Vaccination in the Punjab 1897-1904 - 1897-1904
Year: 1897
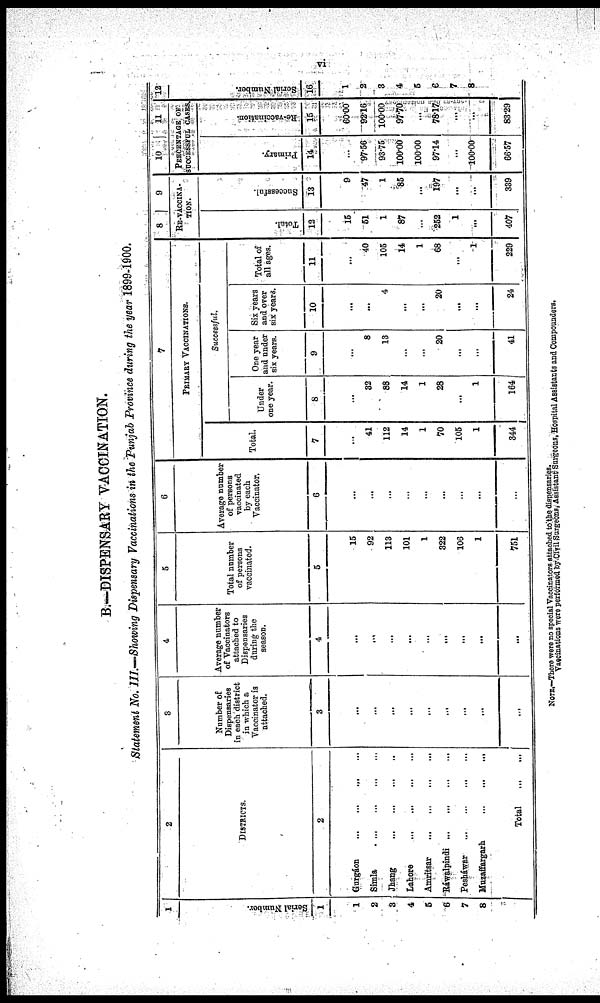
vi
B.-DISPENSARY VACCINATION.
Statement No. III—Showing Dispensary Vaccinations in the Punjab Province during the year 1899-1900.
1
Serial Number.
1
1
2
3
4
5
6
7
8
2
DISTRICTS.
2
Gurgáon
...
...
...
...
Simla
...
...
...
...
Jhang
...
...
...
...
Lahore
... ... ... ...
Amritsar
...
...
...
...
Ráwalpindi
...
...
...
...
Pesháwar
...
...
...
...
Muzaffargarh
...
...
...
Total
...
3
Number of
Dispensaries
in each district
in which a
Vaccinator is
attached.
3
...
...
...
...
...
...
...
...
...
4
Average number
of Vaccinators
attached to
Dispensaries
during the
season.
4
...
...
...
...
...
...
...
...
...
5
Total number
of persons
vaccinated.
5
15
92
113
101
1
322
106
1
751
6
Average number
of persons
vaccinated
by each
Vaccinator.
6
...
...
...
...
...
...
...
...
...
7
PRIMARY VACCINATIONS.
Total.
7
...
41
112
14
1
70
105
1
344
Successful.
Under
one year.
8
...
32
88
14
1
28
...
1
164
One year
and under
six years.
9
...
8
13
...
...
20
...
...
41
Six years
and over
six years.
10
...
...
4
...
...
20
...
...
24
Total of
all ages.
11
...
40
105
14
1
68
...
1
229
8
9
RE-VACCINA¬
-----
Total.
12
15
51
1
87
...
252
1
...
407
Successful.
13
9
47
1
85
...
197
...
...
339
10
11
PERCENTAGE OF
SUCCESSFUL CASES.
Primary.
14
...
97.56
93.75
100.00
100.00
97.14
...
100.00
66.57
Re-vaccination.
15
60.00
92.16
100.00
97.70
...
78.17
...
...
83.29
12
Serial Number.
16
1
2
3
4
5
6
7
8
NOTE.-There were no special Vaccinators atttached to the dispensaries.
Vaccinations were performed by Civil Surgeons. Assistant Surgeons, Hospital Assistants and Compounders.